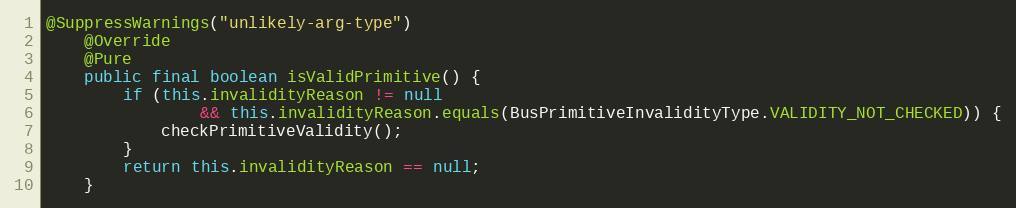
Language: Java
@SuppressWarnings("unlikely-arg-type")
	@Override
	@Pure
	public final boolean isValidPrimitive() {
		if (this.invalidityReason != null
				&& this.invalidityReason.equals(BusPrimitiveInvalidityType.VALIDITY_NOT_CHECKED)) {
			checkPrimitiveValidity();
		}
		return this.invalidityReason == null;
	}